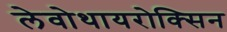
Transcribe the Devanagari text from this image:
लेवोथायरोक्सिन